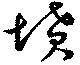
墳